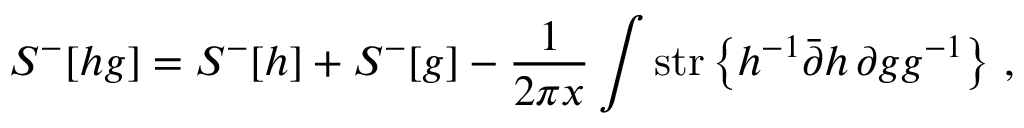
{ \cal S } ^ { - } [ h g ] = { \cal S } ^ { - } [ h ] + { \cal S } ^ { - } [ g ] - \frac { 1 } { 2 \pi x } \int \mathrm { s t r } \left\{ h ^ { - 1 } \bar { \partial } h \, \partial g g ^ { - 1 } \right\} \, ,